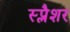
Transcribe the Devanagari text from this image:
स्प्लैशर